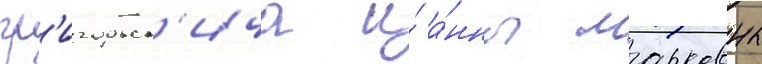
гр'игорьев'ича и́ а́нны марковны